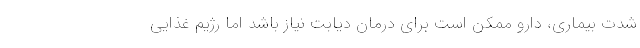
شدت بیماری، دارو ممکن است برای درمان دیابت نیاز باشد اما رژیم غذایی